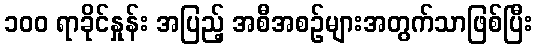
၁၀၀ ရာခိုင်နှုန်း အပြည့် အစီအစဉ်များအတွက်သာဖြစ်ပြီး